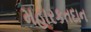
મહારકતદાન